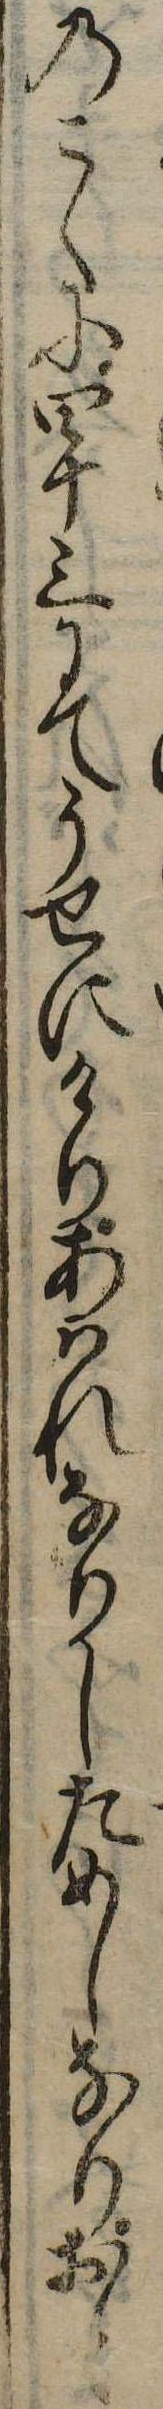
のこくに四十三にてうせにけりあはれなりしためしなりおと